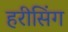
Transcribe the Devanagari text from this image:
हरीसिंग